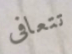
تتعافى